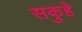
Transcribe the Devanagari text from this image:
सकुहे